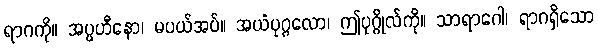
ရာဂကို။ အပ္ပဟီနော၊ မပယ်အပ်။ အယံပုဂ္ဂလော၊ ဤပုဂ္ဂိုလ်ကို။ သာရာဂေါ၊ ရာဂရှိသော